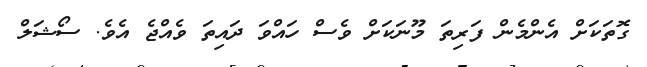
ގޮތަކަށް އެންމެން ފަރިތަ މޫނަކަށް ވެސް ހައްވަ ދައިތަ ވެއްޖެ އެވެ. ސޯޝަލް